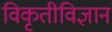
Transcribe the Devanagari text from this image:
विकृतीविज्ञान